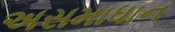
અસમાધાન